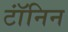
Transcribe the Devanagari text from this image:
टॉंनिन